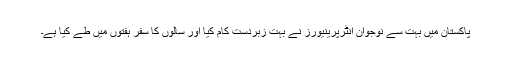
پاکستان میں بہت سے نوجوان انٹرپرینیورز نے بہت زبردست کام کیا اور سالوں کا سفر ہفتوں میں طے کیا ہے۔